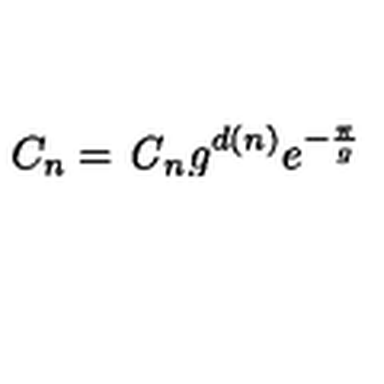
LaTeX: C _ { n } = \mathrm { \it C } _ { n } g ^ { d ( n ) } e ^ { - { \frac { \pi } { g } } }